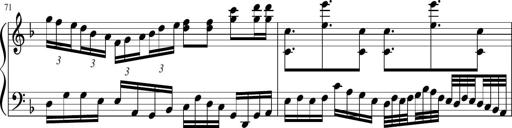
Title: Sonatina in F major
Composer: Ethan Ngo
Key: F major